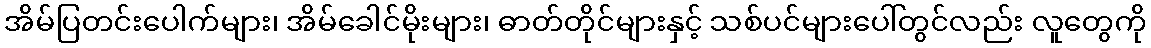
အိမ်ပြတင်းပေါက်များ၊ အိမ်ခေါင်မိုးများ၊ ဓာတ်တိုင်များနှင့် သစ်ပင်များပေါ်တွင်လည်း လူတွေကို